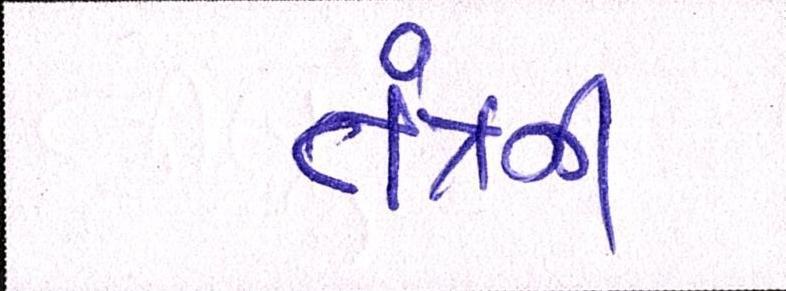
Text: તંત્રની